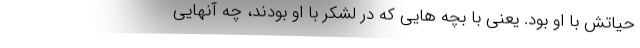
حیاتش با او بود. یعنی با بچه هایی که در لشکر با او بودند، چه آنهایی